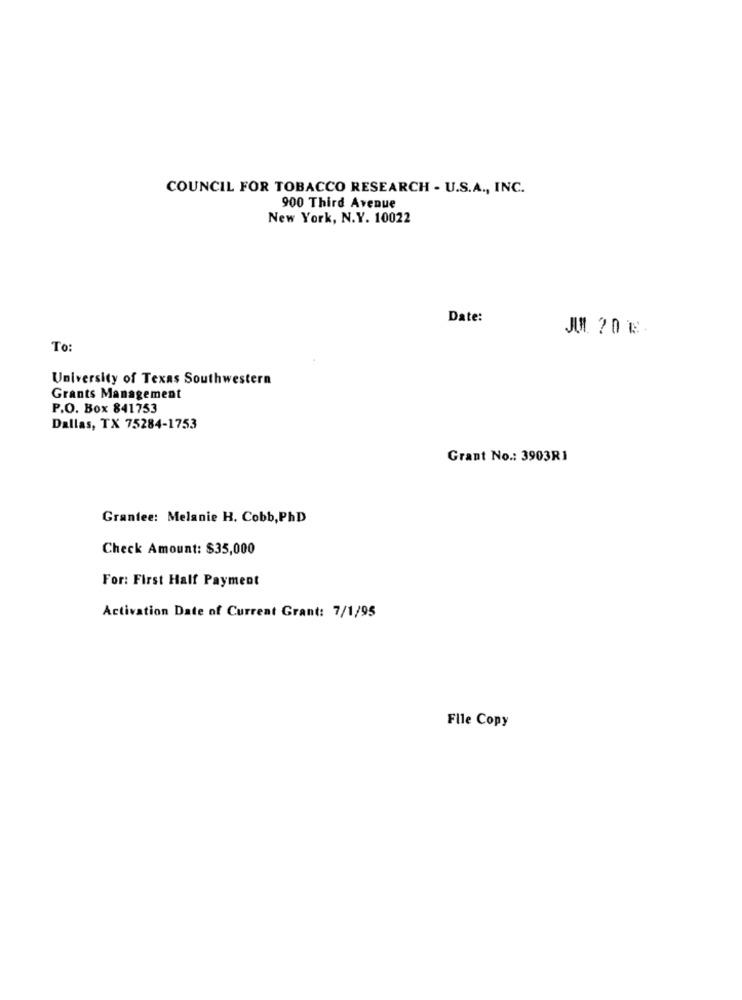
COUNCIL FOR TOBACCO RESEARCH - U.S.A ., INC.
900 Third Avenue
New York, N.Y. 10022
Date:
To:
University of Texas Southwestern
Grants Management
P.O. Box 841753
Dallas, TX 75284-1753
Grant No .: 3903R1
Grantee: Melanie H. Cobb, PhD
Check Amount: $35,000
For: First Half Payment
Activation Date of Current Grant: 7/1/95
File Copy